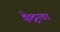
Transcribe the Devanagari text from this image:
क्वेट्टाचा